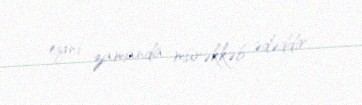
eyni zamanda mürəkkəb ədəddir.